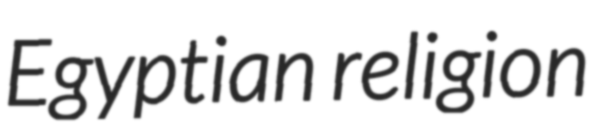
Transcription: Egyptian religion